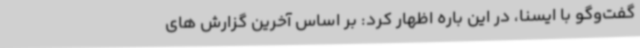
گفت‌وگو با ایسنا، در این باره اظهار کرد: بر اساس آخرین گزارش های